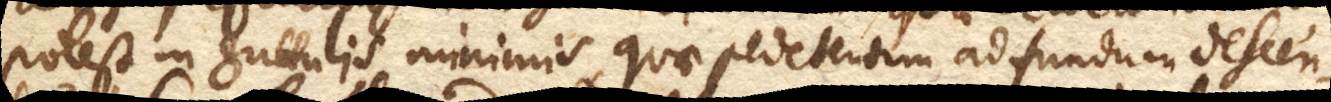
potest in guttulis minimis, quae pedetentim ad fundum descen–